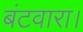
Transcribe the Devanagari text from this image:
बंटवारा।